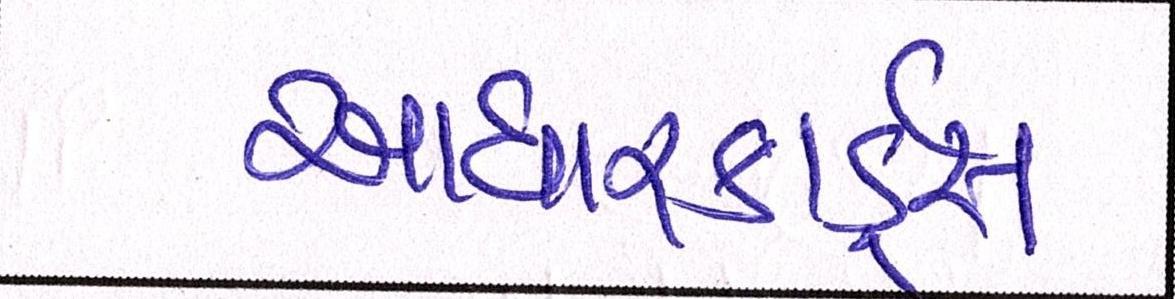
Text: આધારકાર્ડ્સ